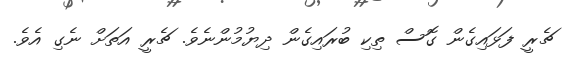
ޗެރީ ފަޅައިގެން ގޮސް ތިކި ބުރައިގެން ދިޔުމުންނެވެ. ޗެރީ އަތަށް ނެގި އެވެ.